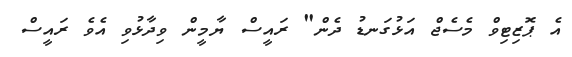
އެ ޕޮޒިޓިވް މެސެޖް އަޅުގަނޑު ދެން" ރައީސް ޔާމީން ވިދާޅުވި އެވެ ރައީސް